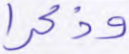
وذكرا